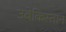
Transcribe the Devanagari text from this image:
उबेकिस्तान